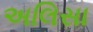
અલિસા